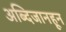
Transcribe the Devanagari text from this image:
अब्दिजानहून